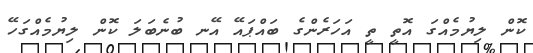
ކޮން ލިޔުމެއްގަ އޮތީ ތީ އަހަރެންގެ ބައްޕައޭ އޭނ ބުނެބަލަ ކޮން ލިޔުމެއްގަހޭ